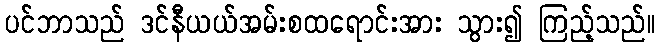
ပင်ဘာသည် ဒင်နီယယ်အမ်းစထရောင်းအား သွား၍ ကြည့်သည်။